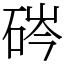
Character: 硶